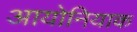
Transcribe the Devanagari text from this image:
आयोनियाक